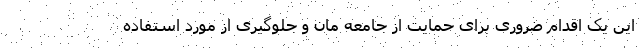
این یک اقدام ضروری برای حمایت از جامعه مان و جلوگیری از مورد استفاده